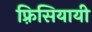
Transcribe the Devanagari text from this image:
फ़्रिसियायी